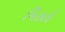
મિહાઈ